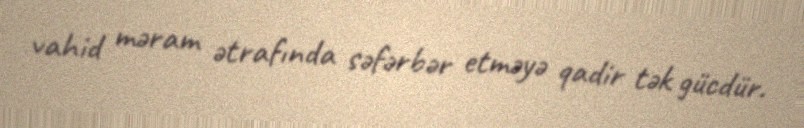
vahid məram ətrafında səfərbər etməyə qadir tək gücdür.